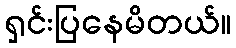
ရှင်းပြနေမိတယ်။